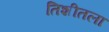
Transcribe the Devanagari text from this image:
तिशीतला